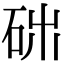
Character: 𥑓